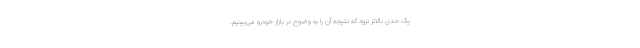
یک حدی بالاتر نرود که نتیجه آن را به وضوح در بازار خودرو می‌بینیم.